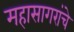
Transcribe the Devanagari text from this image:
महासागरांचे